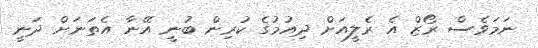
ނަމަވެސް ރޯޒް އެ ރެލީއަށް ދިއުމުގެ ކުރިން ބުނީ އޭނާ އެތަނަށް ދަނީ